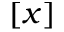
[ x ]